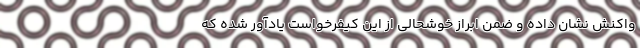
واکنش نشان داده و ضمن ابراز خوشحالی از این کیفرخواست یادآور شده که